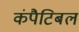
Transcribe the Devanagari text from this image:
कंपैटिबल